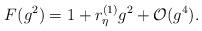
LaTeX: \begin{align*}F(g^ 2) = 1 + r^{(1)}_\eta g^2 + {\cal O} (g^ 4).\end{align*}